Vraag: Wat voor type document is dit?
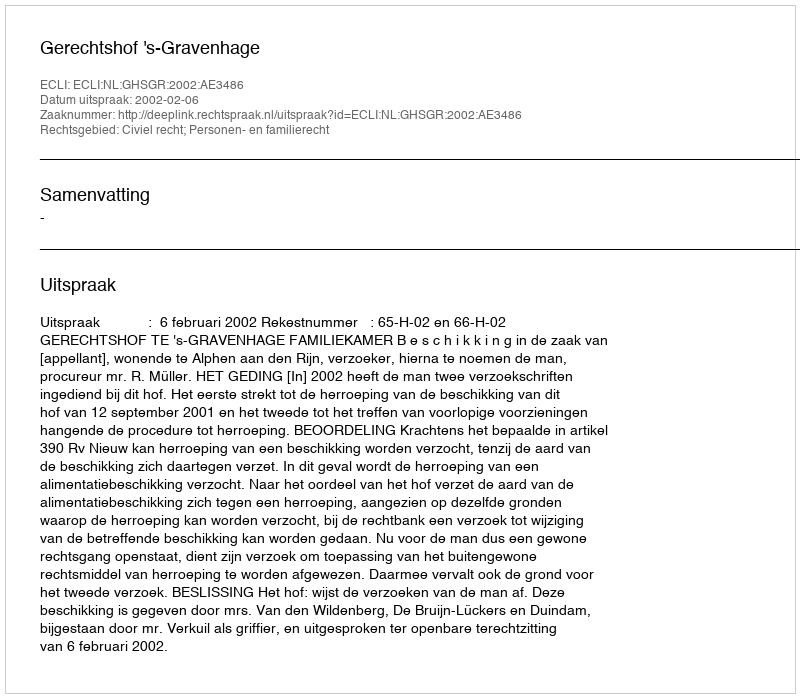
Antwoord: Uitspraak